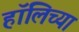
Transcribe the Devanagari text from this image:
हॉलिच्या